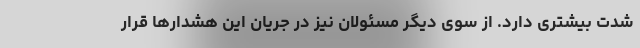
شدت بیشتری دارد. از سوی دیگر مسئولان نیز در جریان این هشدارها قرار